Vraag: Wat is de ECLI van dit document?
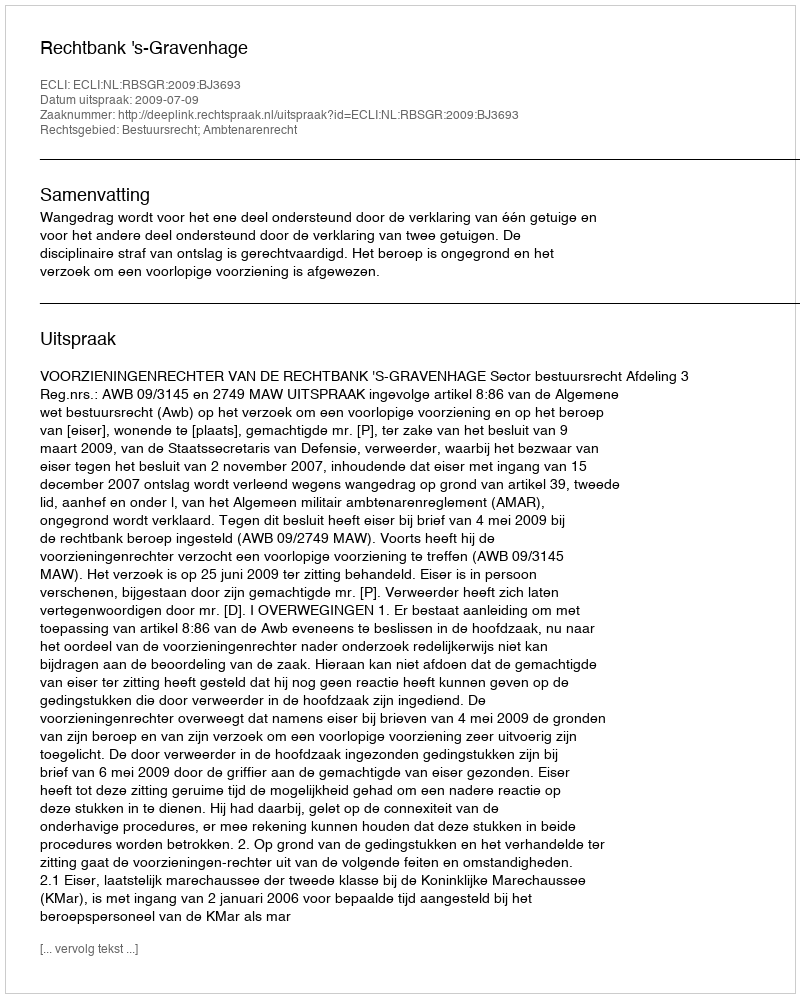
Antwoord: ECLI:NL:RBSGR:2009:BJ3693